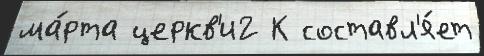
ма́рта церкв'и2 К составл'я́ет